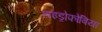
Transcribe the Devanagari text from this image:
हाइड्रोफोबिया